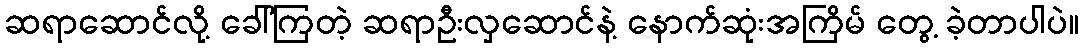
ဆရာဆောင်လို့ ခေါ်ကြတဲ့ ဆရာဦးလှဆောင်နဲ့ နောက်ဆုံးအကြိမ် တွေ့ ခဲ့တာပါပဲ။